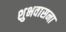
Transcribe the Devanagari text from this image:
शुभवासना